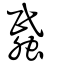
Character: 蟁